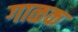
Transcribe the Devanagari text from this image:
गाळक